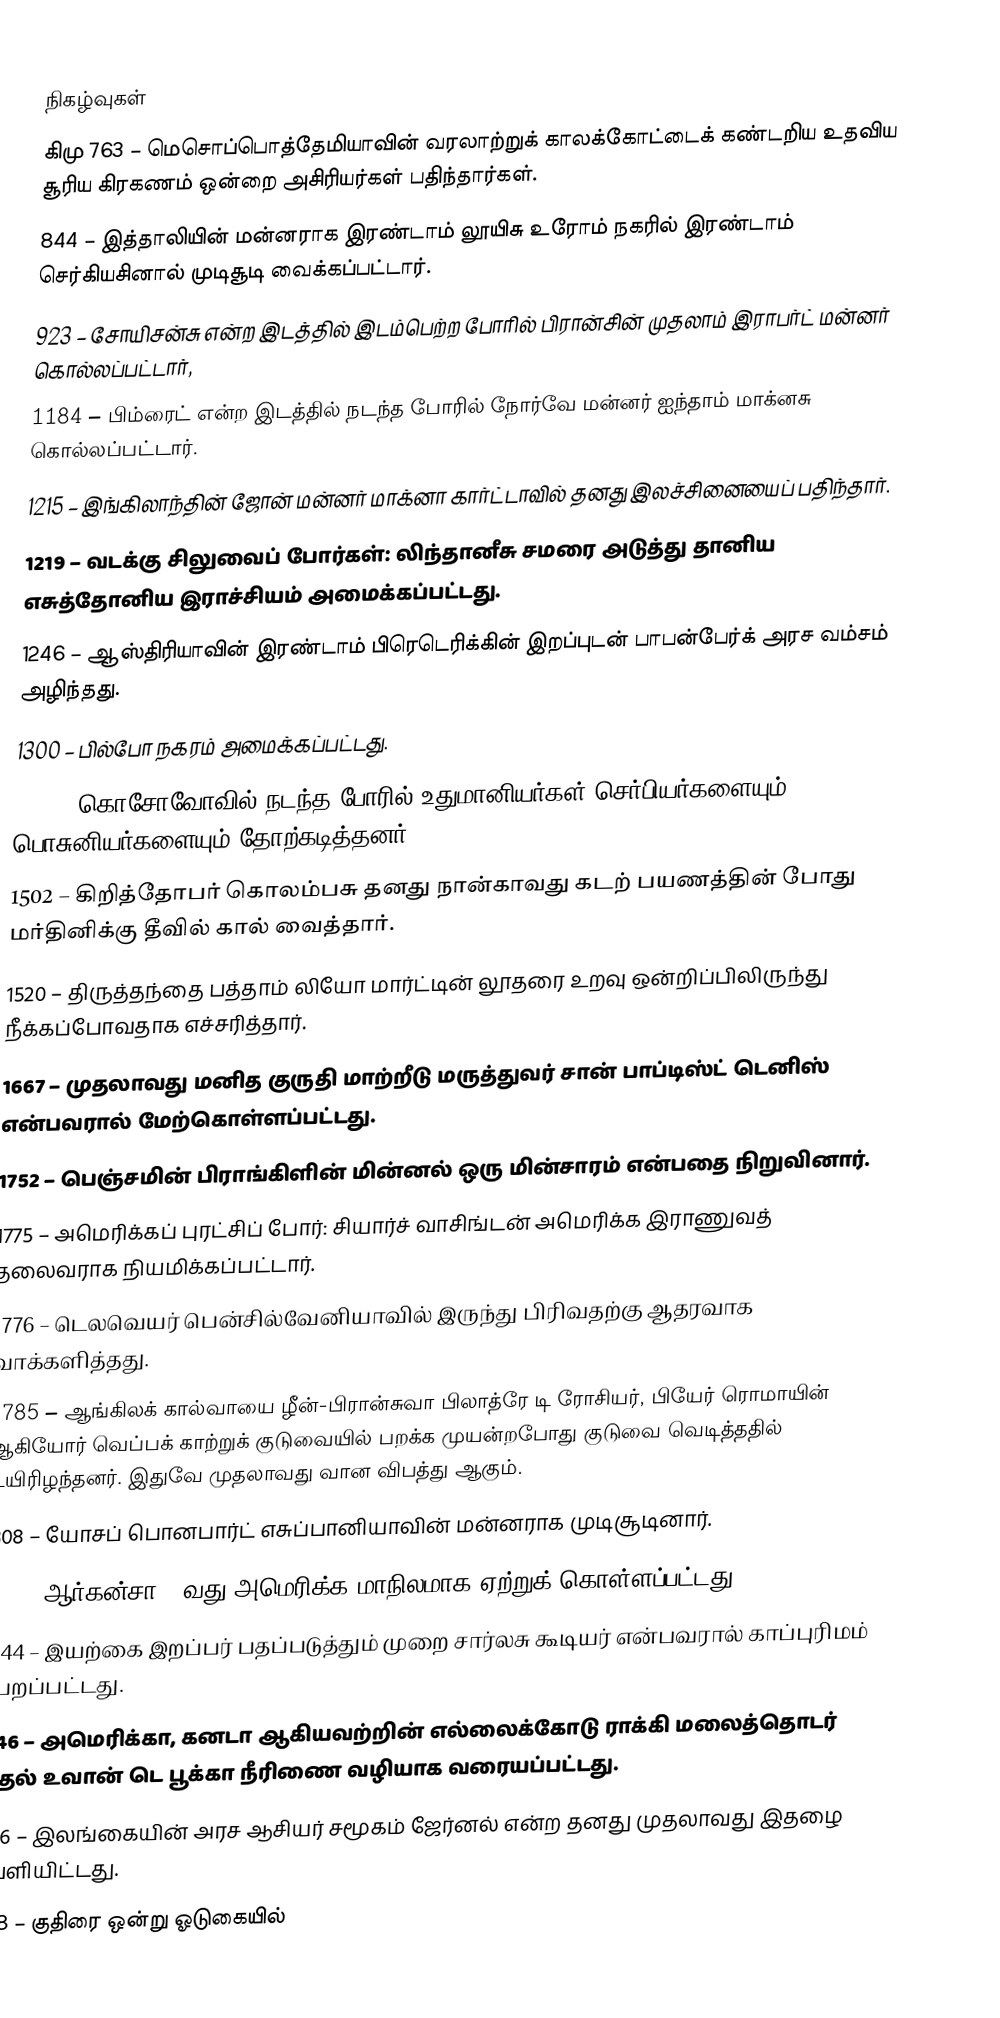

நிகழ்வுகள்
கிமு 763 – மெசொப்பொத்தேமியாவின் வரலாற்றுக் காலக்கோட்டைக் கண்டறிய உதவிய சூரிய கிரகணம் ஒன்றை அசிரியர்கள் பதிந்தார்கள்.
844 – இத்தாலியின் மன்னராக இரண்டாம் லூயிசு உரோம் நகரில் இரண்டாம் செர்கியசினால் முடிசூடி வைக்கப்பட்டார்.
923 – சோயிசன்சு என்ற இடத்தில் இடம்பெற்ற போரில் பிரான்சின் முதலாம் இராபர்ட் மன்னர் கொல்லப்பட்டார்,
1184 – பிம்ரைட் என்ற இடத்தில் நடந்த போரில் நோர்வே மன்னர் ஐந்தாம் மாக்னசு கொல்லப்பட்டார்.
1215 – இங்கிலாந்தின் ஜோன் மன்னர் மாக்னா கார்ட்டாவில் தனது இலச்சினையைப் பதிந்தார்.
1219 – வடக்கு சிலுவைப் போர்கள்: லிந்தானீசு சமரை அடுத்து தானிய எசுத்தோனிய இராச்சியம் அமைக்கப்பட்டது.
1246 – ஆஸ்திரியாவின் இரண்டாம் பிரெடெரிக்கின் இறப்புடன் பாபன்பேர்க் அரச வம்சம் அழிந்தது.
1300 – பில்போ நகரம் அமைக்கப்பட்டது.
1389 – கொசோவோவில் நடந்த போரில் உதுமானியர்கள் செர்பியர்களையும் பொசுனியர்களையும் தோற்கடித்தனர்.
1502 – கிறித்தோபர் கொலம்பசு தனது நான்காவது கடற் பயணத்தின் போது மர்தினிக்கு தீவில் கால் வைத்தார்.
1520 – திருத்தந்தை பத்தாம் லியோ மார்ட்டின் லூதரை உறவு ஒன்றிப்பிலிருந்து நீக்கப்போவதாக எச்சரித்தார்.
1667 – முதலாவது மனித குருதி மாற்றீடு மருத்துவர் சான் பாப்டிஸ்ட் டெனிஸ் என்பவரால் மேற்கொள்ளப்பட்டது.
1752 – பெஞ்சமின் பிராங்கிளின் மின்னல் ஒரு மின்சாரம் என்பதை நிறுவினார்.
1775 – அமெரிக்கப் புரட்சிப் போர்: சியார்ச் வாசிங்டன் அமெரிக்க இராணுவத் தலைவராக நியமிக்கப்பட்டார்.
1776 – டெலவெயர் பென்சில்வேனியாவில் இருந்து பிரிவதற்கு ஆதரவாக வாக்களித்தது.
1785 – ஆங்கிலக் கால்வாயை ழீன்-பிரான்சுவா பிலாத்ரே டி ரோசியர், பியேர் ரொமாயின் ஆகியோர் வெப்பக் காற்றுக் குடுவையில் பறக்க முயன்றபோது குடுவை வெடித்ததில் உயிரிழந்தனர். இதுவே முதலாவது வான விபத்து ஆகும்.
1808 – யோசப் பொனபார்ட் எசுப்பானியாவின் மன்னராக முடிசூடினார்.
1836 – ஆர்கன்சா 25வது அமெரிக்க மாநிலமாக ஏற்றுக் கொள்ளப்பட்டது.
1844 – இயற்கை இறப்பர் பதப்படுத்தும் முறை சார்லசு கூடியர் என்பவரால் காப்புரிமம் பெறப்பட்டது.
1846 – அமெரிக்கா, கனடா ஆகியவற்றின் எல்லைக்கோடு ராக்கி மலைத்தொடர் முதல் உவான் டெ பூக்கா நீரிணை வழியாக வரையப்பட்டது.
1846 – இலங்கையின் அரச ஆசியர் சமூகம் ஜேர்னல் என்ற தனது முதலாவது இதழை வெளியிட்டது.
1878 – குதிரை ஒன்று ஓடுகையில்